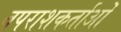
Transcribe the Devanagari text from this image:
वपराशकर्ताओं